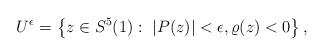
LaTeX: \begin{align*}U^{\epsilon}=\left\{z\in \*S^{5}(1):\ \left|P(z)\right|<\epsilon, \varrho(z)<0\right\},\end{align*}